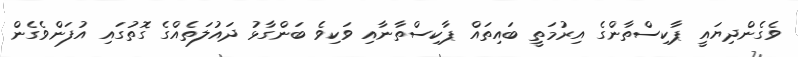
ވެގެންދިޔައީ ޕާކިސްތާންގެ އިރުމަތީ ބައިތައް ޕާކިސްތާނާއި ވަކިވެ ބަންގާޅު ދައުލަތެއްގެ ގޮތުގައި އުފަންވެގެން